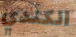
الكندي